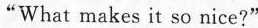
“What makes it so nice?"